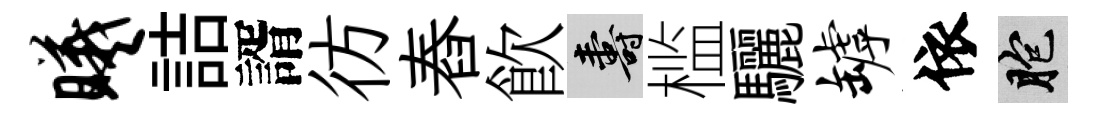
曦詰諝彷舂飮壽槛驪罅依胞